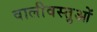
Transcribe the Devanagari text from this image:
वालीवस्तुओं